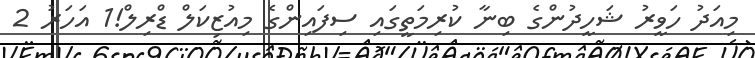
މިއަދު ހަވީރު ޝަހީދުންގެ ބިނާ ކުރިމަތީގައި ސިފައިންގެ މިއުޒިކަލް ޑްރިލް!1 އަހަރު 2